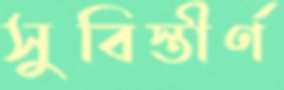
সুবিস্তীর্ণ